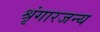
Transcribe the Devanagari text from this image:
श्रृंगारजन्य